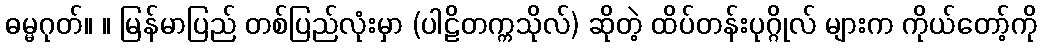
ဓမ္မဂုတ်။ ။ မြန်မာပြည် တစ်ပြည်လုံးမှာ (ပါဠိတက္ကသိုလ်) ဆိုတဲ့ ထိပ်တန်းပုဂ္ဂိုလ် များက ကိုယ်တော့်ကို